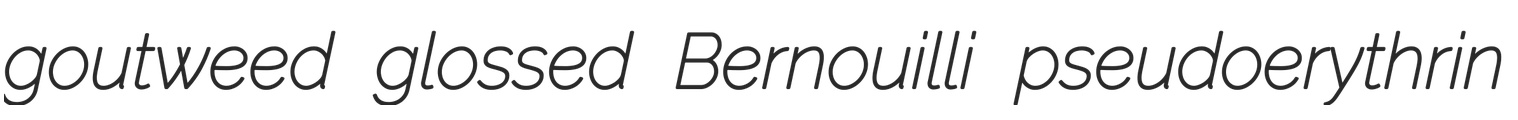
goutweed glossed Bernouilli pseudoerythrin